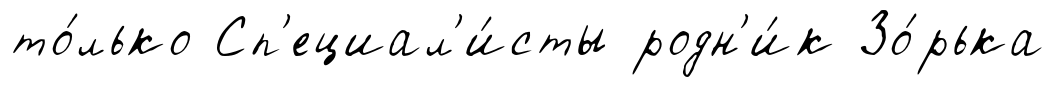
то́лько Сп'ециал'и́сты родн'и́к Зо́рька